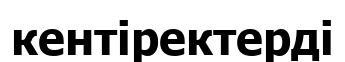
кентіректерді